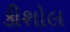
કીશોલ